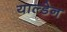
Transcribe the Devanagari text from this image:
याल्डेन